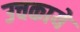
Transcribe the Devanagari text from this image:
उचकाये